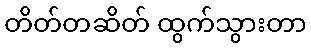
တိတ်တဆိတ် ထွက်သွားတာ